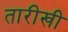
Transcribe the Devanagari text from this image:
तारीखी